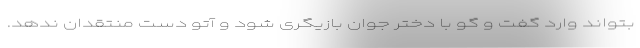
بتواند وارد گفت و گو با دختر جوان بازیگری شود و آتو دست منتقدان ندهد.